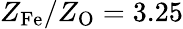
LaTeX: Z_{\mathrm{Fe}}/Z_{\mathrm{O}}=3.25